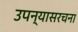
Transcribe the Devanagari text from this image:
उपन्यासरचना